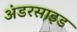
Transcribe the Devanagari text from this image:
अंडरसाइड